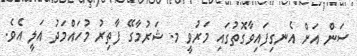
ސަން އަށް އެނގިފައިވާގޮތުގައި މަރުވީ މ. ޝަރުމާގޭ ފާތިރު މުހައްމަދު އަލީ އެވެ.